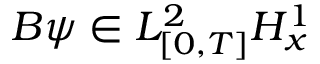
B \psi \in L _ { [ 0 , T ] } ^ { 2 } H _ { x } ^ { 1 }